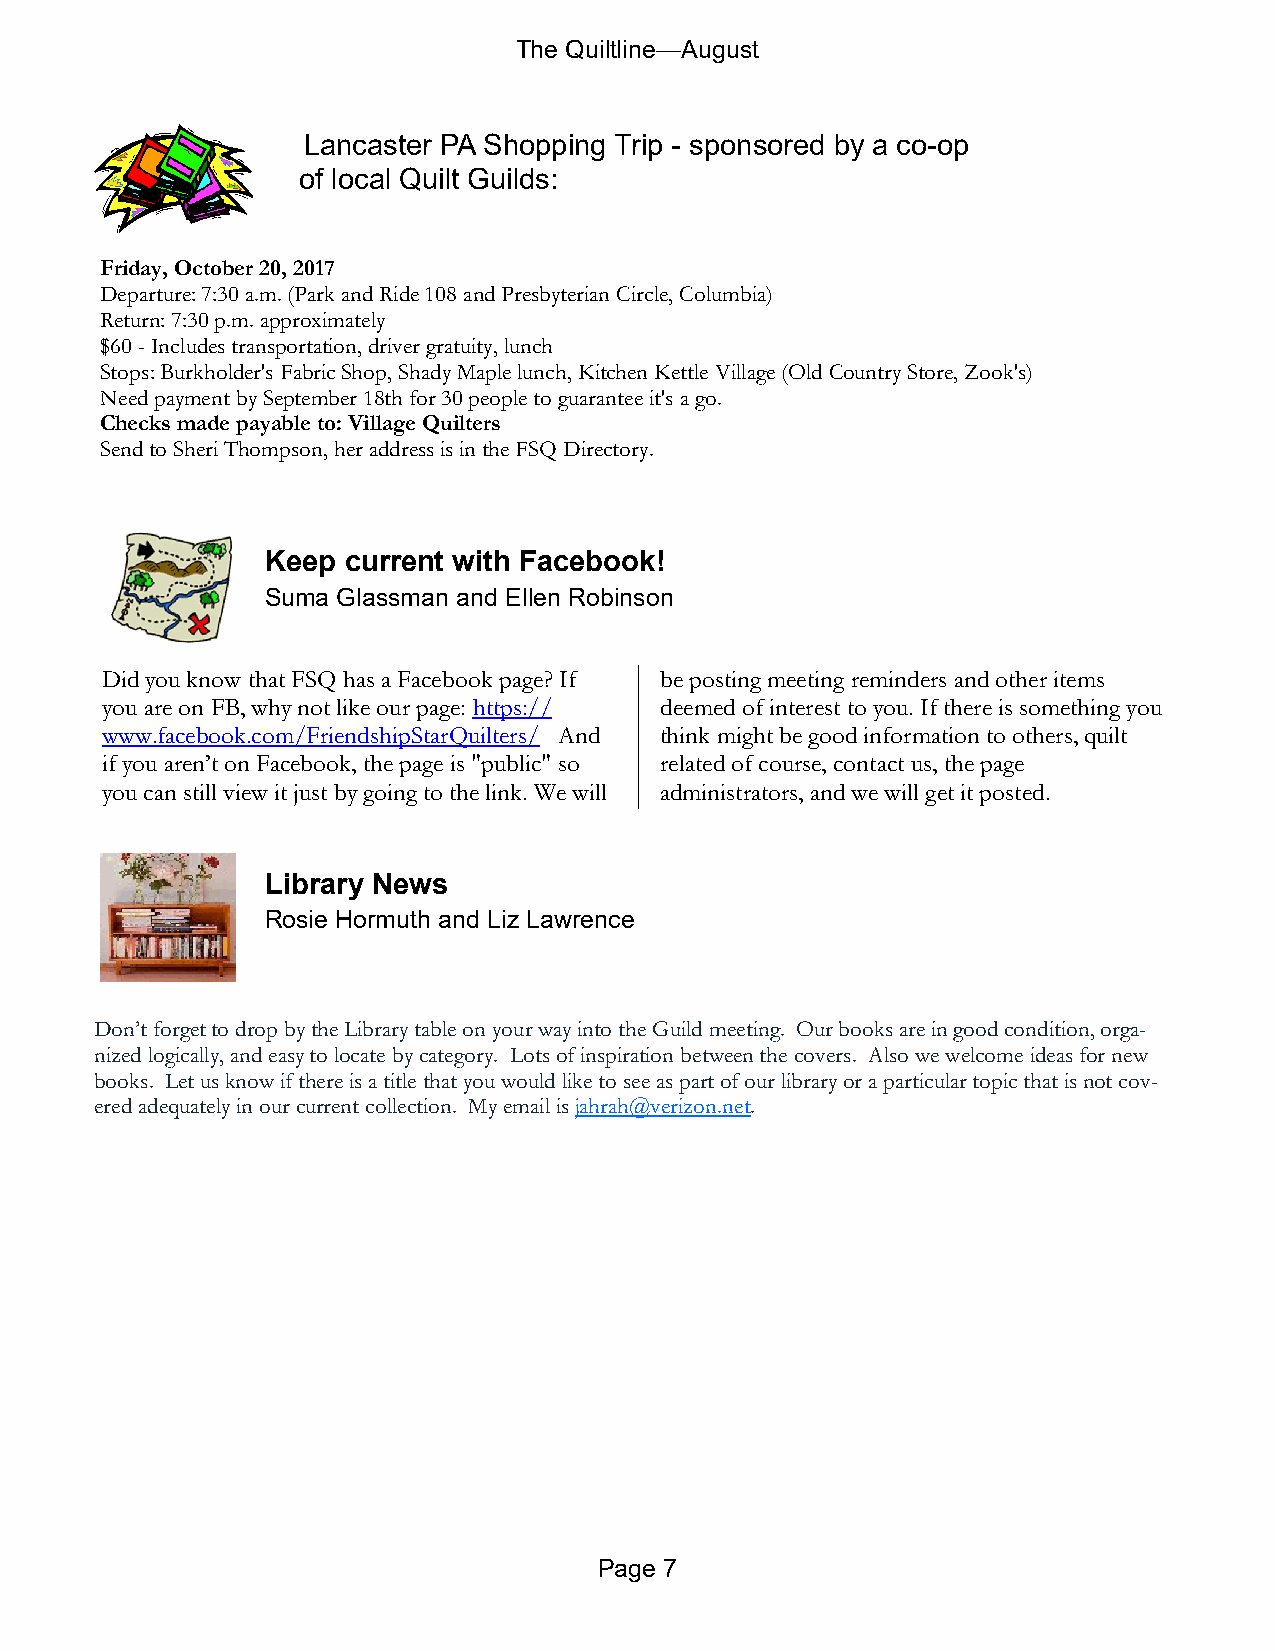
The Quiltline—August
 Lancaster PA Shopping Trip - sponsored by a co-op
 of local Quilt Guilds:
 Friday, October 20, 2017
 Departure: 7:30 a.m. (Park and Ride 108 and Presbyterian Circle, Columbia)
 Return: 7:30 p.m. approximately
 $60 - Includes transportation, driver gratuity, lunch
 Stops: Burkholder's Fabric Shop, Shady Maple lunch, Kitchen Kettle Village (Old Country Store, Zook's)
 Need payment by September 18th for 30 people to guarantee it's a go.
 Checks made payable to: Village Quilters
 Send to Sheri Thompson, her address is in the FSQ Directory.
 Keep current with Facebook!
 Suma Glassman and Ellen Robinson
 Did you know that FSQ has a Facebook page? If be posting meeting reminders and other items
 you are on FB, why not like our page: https:// deemed of interest to you. If there is something you
 www.facebook.com/FriendshipStarQuilters/ And think might be good information to others, quilt
 if you aren’t on Facebook, the page is "public" so related of course, contact us, the page
 you can still view it just by going to the link. We will administrators, and we will get it posted.
 Library News
 Rosie Hormuth and Liz Lawrence
 Don’t forget to drop by the Library table on your way into the Guild meeting. Our books are in good condition, orga-
 nized logically, and easy to locate by category. Lots of inspiration between the covers. Also we welcome ideas for new
 books. Let us know if there is a title that you would like to see as part of our library or a particular topic that is not cov-
 ered adequately in our current collection. My email is jahrah@verizon.net.
 Page 7